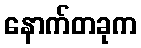
နောက်တခုက